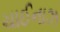
ચાઈનાઝ